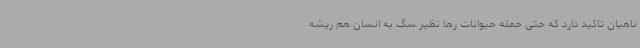
ناهیان تاکید دارد که حتی حمله حیوانات رها نظیر سگ به انسان هم ریشه